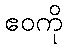
ဧဝကို